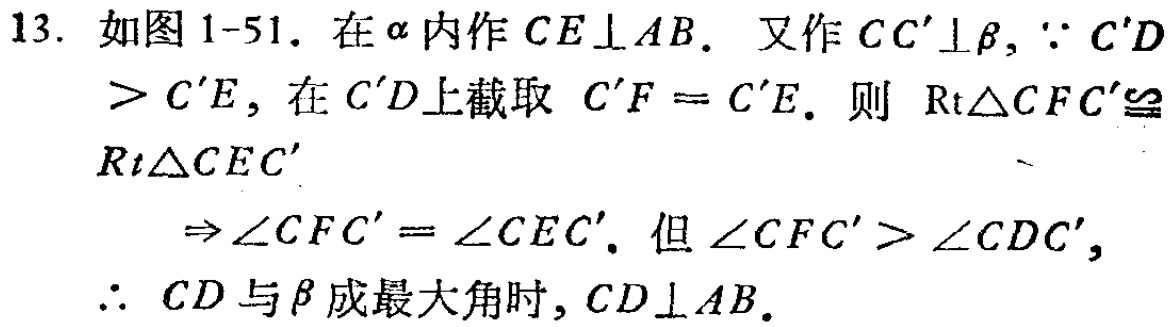
13. 如图1-51. 在\(\alpha\)内作\(CE\perp AB\). 又作\(CC'\perp\beta\) , \(\because C'D > C'E\), 在\(C'D\)上截取 \(C'F = C'E\). 则 \(\mathrm{Rt}\triangle CFC'\cong\mathrm{Rt}\triangle CEC'\)
\(\Rightarrow\angle CFC'=\angle CEC'\). 但\(\angle CFC'>\angle CDC'\), \(\therefore CD\)与\(\beta\)成最大角时, \(CD\perp AB\).